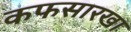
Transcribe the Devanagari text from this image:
कफसारखा